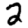
Digit: 2